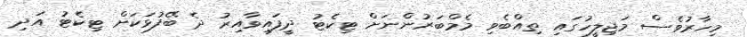
މިހާރުވެސް މަޖިލީހުގައި ތިއްބެވި މެމްބަރުންނަށް ޓިކެޓު ދީފައިވާއިރު ދެ ބޭފުޅަކަށް ޓިކެޓު އަދި